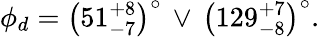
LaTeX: \phi_{d}=\left(51_{-7}^{+8}\right)^{\circ}\, \lor\, \left(129_{-8}^{+7}\right)^{\circ}.